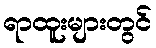
ရာထူးများတွင်